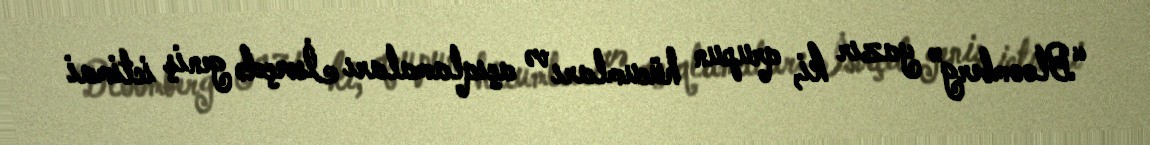
“Bloomberg” yazır ki, qrupun hücumları və açıqlamaları İsveçdə geniş ictimai